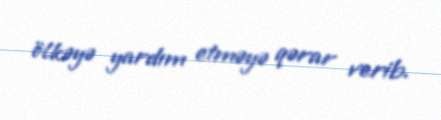
ölkəyə yardım etməyə qərar verib.